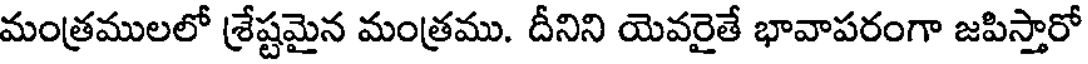
మంత్రములలో శ్రేష్టమైన మంత్రము. దీనిని యెవరైతే భావాపరంగా జపిస్తారో